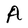
Character: A